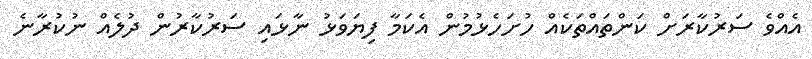
އެއްވެ ސަރުކާރަށް ކަންތައްތަކެއް ހުށަހެޅުމުން އެކަމާ ފިޔަވަޅު ނާޅައި ސަރުކާރުން ދުލެއް ނުކުރާނެ